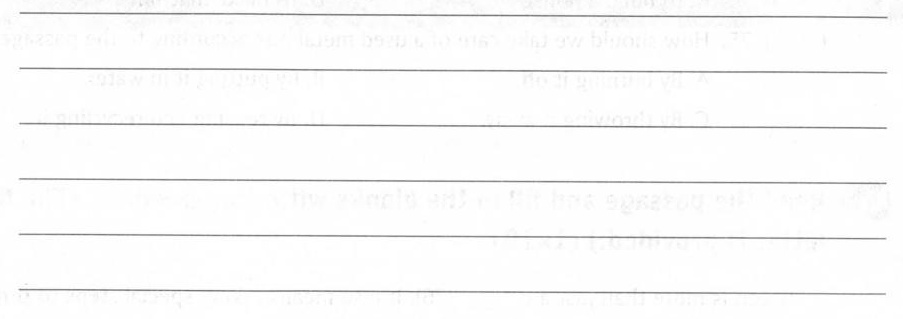
___